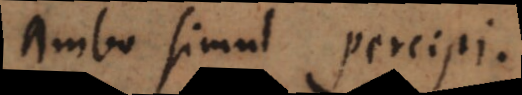
ambo simul percipi.